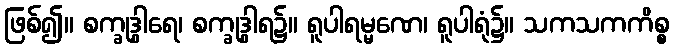
ဖြစ်၍။ စက္ခုဒွါရေ၊ စက္ခုဒွါရ၌။ ရူပါရမ္မဏေ၊ ရူပါရုံ၌။ သကသကကိစ္စ